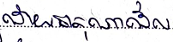
ដោយធាតុណាដែល